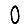
Digit: 0